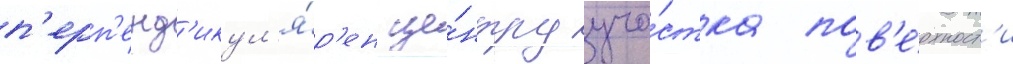
п'ерп'енд'икул'я́р'ен це́нтру уча́стка пов'е́рхност'и